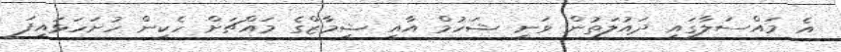
އެ މައްސަލާގައި ދައުލަތުން ވަނީ ޝަހުމް އާއި ޝިމާޒްގެ މައްޗަށް ހެކިން ހުށަހަޅައިފަ